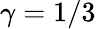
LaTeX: \gamma=1/3